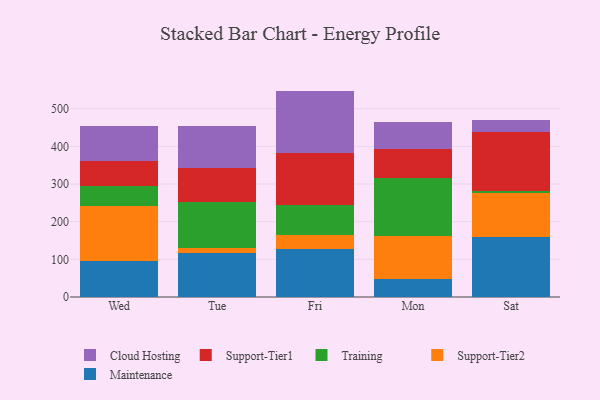
{"axis": {"x": "Day", "y": "LTV (USD)"}, "legend": ["Cloud Hosting", "Maintenance", "Support-Tier1", "Support-Tier2", "Training"], "data": [{"x": "Wed", "y": 95.8, "type": "Maintenance"}, {"x": "Wed", "y": 145.2, "type": "Support-Tier2"}, {"x": "Wed", "y": 54.5, "type": "Training"}, {"x": "Wed", "y": 65.8, "type": "Support-Tier1"}, {"x": "Wed", "y": 94.0, "type": "Cloud Hosting"}, {"x": "Tue", "y": 116.3, "type": "Maintenance"}, {"x": "Tue", "y": 15.0, "type": "Support-Tier2"}, {"x": "Tue", "y": 120.5, "type": "Training"}, {"x": "Tue", "y": 89.6, "type": "Support-Tier1"}, {"x": "Tue", "y": 111.4, "type": "Cloud Hosting"}, {"x": "Fri", "y": 128.5, "type": "Maintenance"}, {"x": "Fri", "y": 35.5, "type": "Support-Tier2"}, {"x": "Fri", "y": 80.1, "type": "Training"}, {"x": "Fri", "y": 139.3, "type": "Support-Tier1"}, {"x": "Fri", "y": 163.9, "type": "Cloud Hosting"}, {"x": "Mon", "y": 49.0, "type": "Maintenance"}, {"x": "Mon", "y": 112.3, "type": "Support-Tier2"}, {"x": "Mon", "y": 155.8, "type": "Training"}, {"x": "Mon", "y": 76.0, "type": "Support-Tier1"}, {"x": "Mon", "y": 71.7, "type": "Cloud Hosting"}, {"x": "Sat", "y": 159.3, "type": "Maintenance"}, {"x": "Sat", "y": 117.7, "type": "Support-Tier2"}, {"x": "Sat", "y": 5.3, "type": "Training"}, {"x": "Sat", "y": 156.3, "type": "Support-Tier1"}, {"x": "Sat", "y": 32.4, "type": "Cloud Hosting"}]}